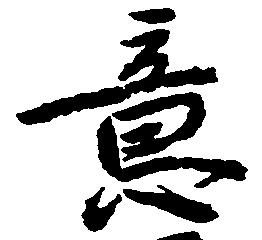
意